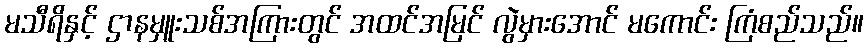
မသီရိနှင့် ဌာနမှူးသစ်အကြားတွင် အထင်အမြင် လွဲမှားအောင် မကောင်း ကြံစည်သည်။